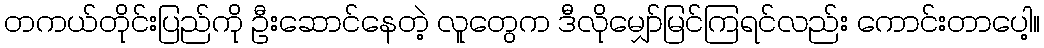
တကယ်တိုင်းပြည်ကို ဦးဆောင်နေတဲ့ လူတွေက ဒီလိုမျှော်မြင်ကြရင်လည်း ကောင်းတာပေါ့။